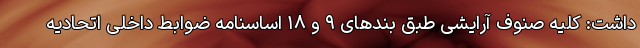
داشت: کلیه صنوف آرایشی طبق بندهای ۹ و ۱۸ اساسنامه ضوابط داخلی اتحادیه